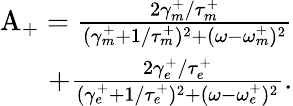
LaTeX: \begin{array}{r}{\mathrm{A_{+}}=\frac{2\gamma_{m}^{+}/\tau_{m}^{+}}{(\gamma_{m}^{+}+1/\tau_{m}^{+})^{2}+(\omega-\omega_{m}^{+})^{2}}}\\ {+\frac{2\gamma_{e}^{+}/\tau_{e}^{+}}{(\gamma_{e}^{+}+1/\tau_{e}^{+})^{2}+(\omega-\omega_{e}^{+})^{2}}.}\end{array}